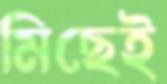
মিছেই